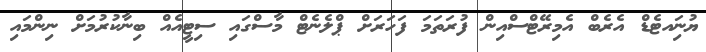
ޔުނަިއޓެޑް އެރެބް އެމިރޭޓްސްއިން ފުރަތަމަ ފަހަރަށް ޕްލެނެޓް މާސްގައި ސިޓީއެއް ބިނާކުރުމަށް ނިންމައި